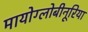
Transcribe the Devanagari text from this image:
मायोग्लोबीनूरिया